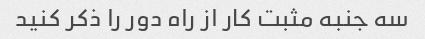
سه جنبه مثبت کار از راه دور را ذکر کنید